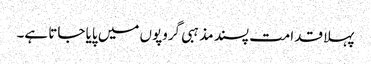
پہلا قدامت پسند مذہبی گروپوں میں پایا جاتا ہے۔